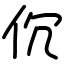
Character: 伔